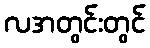
လအတွင်းတွင်